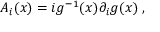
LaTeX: A _ { i } ( x ) = i g ^ { - 1 } ( x ) \partial _ { i } g ( x ) \; ,